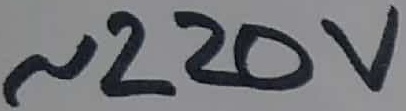
Text: ~220V